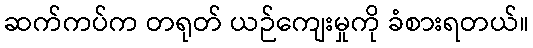
ဆက်ကပ်က တရုတ် ယဉ်ကျေးမှုကို ခံစားရတယ်။